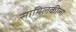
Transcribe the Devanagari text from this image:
सामिलकीला